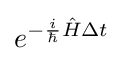
e^{-{\frac {i}{\hbar }}{\hat {H}}\Delta t}